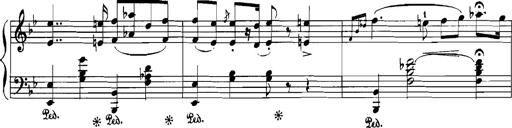
Title: Rhapsodies hongroises
Composer: Franz Liszt